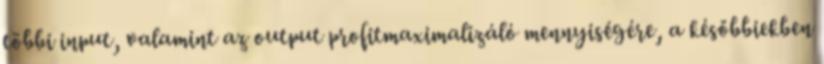
többi input, valamint az output profitmaximalizáló mennyiségére, a későbbiekben